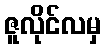
ဇူလိုင်လမှ